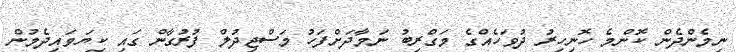
ނިމެންދެން ކޮންމެ ހޮނިހިރު ދުވަހެއްގެ މަގްރިބު ނަމާދަށްފަހު މަސްޖިދުލް ފުރުގާން ގައި ކިޔަވައިދެމުން